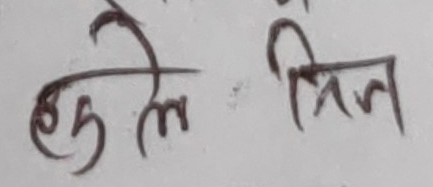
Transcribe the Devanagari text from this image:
हुने मिल